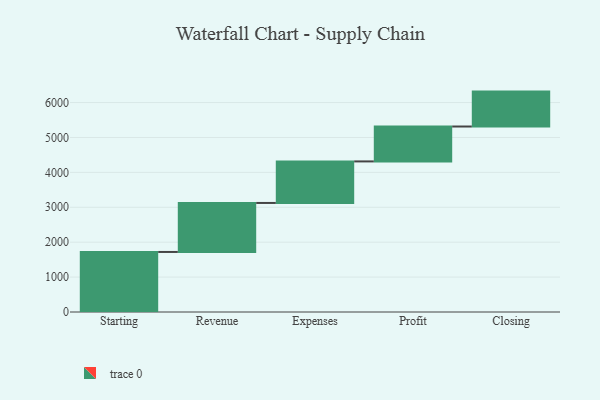
{"axis": {"x": "Step", "y": "Value"}, "legend": [""], "data": [{"x": "Starting", "y": 1720.0, "type": ""}, {"x": "Revenue", "y": 1404.0, "type": ""}, {"x": "Expenses", "y": 1190.0, "type": ""}, {"x": "Profit", "y": 1000, "type": ""}, {"x": "Closing", "y": 1000, "type": ""}]}